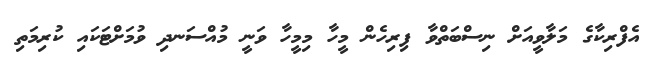
އެފްރިކާގެ މަލާވީއަށް ނިސްބަތްވާ ފިރިހެން މީހާ މިމީހާ ވަނީ މުއްސަނދި ވުމަށްޓަކައި ކުރިމަތި